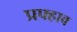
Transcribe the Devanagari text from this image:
प्रफ्हाव